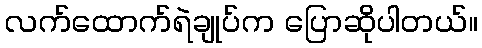
လက်ထောက်ရဲချုပ်က ပြောဆိုပါတယ်။